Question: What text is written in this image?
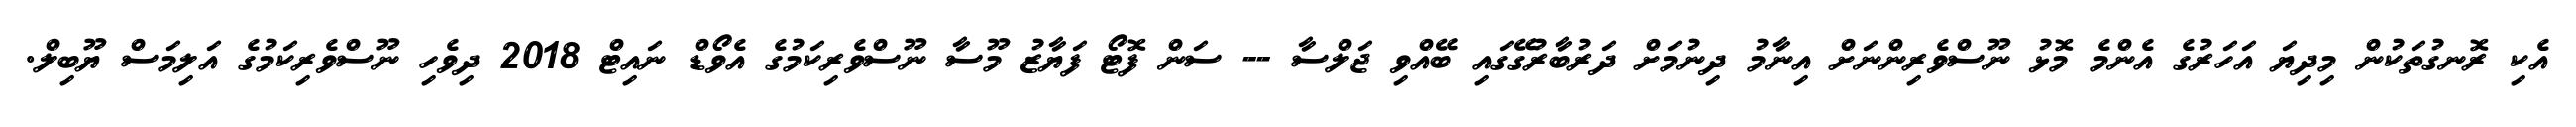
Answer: އެކި ރޮނގުތަކުން މިދިޔަ އަހަރުގެ އެންމެ މޮޅު ނޫސްވެރިންނަށް އިނާމު ދިނުމަށް ދަރުބާރުގޭގައި ބޭއްވި ޖަލްސާ -- ސަން ފޮޓޯ ފަޔާޒު މޫސާ ނޫސްވެރިކަމުގެ އެވޯޑް ނައިޓް 2018 ދިވެހި ނޫސްވެރިކަމުގެ އަލިމަސް ޔޫބިލް.